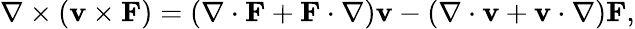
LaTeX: \nabla\times\left(\mathbf{v}\times\mathbf{F}\right)=(\nabla\cdot\mathbf{F}+\mathbf{F}\cdot\nabla)\mathbf{v}-(\nabla\cdot\mathbf{v}+\mathbf{v}\cdot\nabla)\mathbf{F},